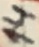
Text: 14